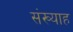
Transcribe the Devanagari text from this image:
संख्याह